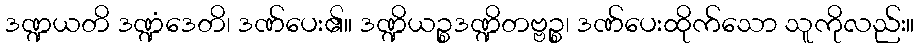
ဒဏ္ဍယတိ ဒဏ္ဍံဒေတိ၊ ဒဏ်ပေး၏။ ဒဏ္ဍိယဉ္စဒဏ္ဍိတဗ္ဗဉ္စ၊ ဒဏ်ပေးထိုက်သော သူကိုလည်း။